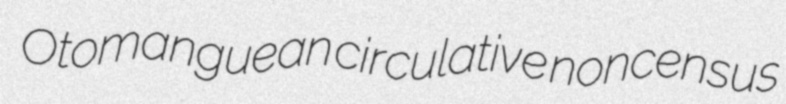
Otomanguean circulative noncensus